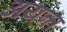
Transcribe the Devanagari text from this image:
अयन्त